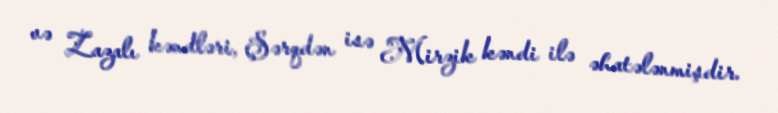
və Zazalı kəndləri, Şərqdən isə Mirzik kəndi ilə əhatələnmişdir.